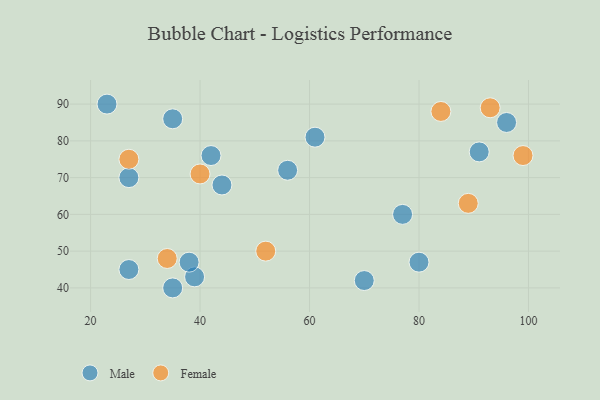
{"axis": {"x": "GDP", "y": "Life Expectancy"}, "legend": ["Female", "Male"], "data": [{"x": "42", "y": 76, "type": "Male"}, {"x": "23", "y": 90, "type": "Male"}, {"x": "27", "y": 70, "type": "Male"}, {"x": "44", "y": 68, "type": "Male"}, {"x": "39", "y": 43, "type": "Male"}, {"x": "80", "y": 47, "type": "Male"}, {"x": "35", "y": 86, "type": "Male"}, {"x": "35", "y": 40, "type": "Male"}, {"x": "96", "y": 85, "type": "Male"}, {"x": "56", "y": 72, "type": "Male"}, {"x": "77", "y": 60, "type": "Male"}, {"x": "27", "y": 45, "type": "Male"}, {"x": "70", "y": 42, "type": "Male"}, {"x": "91", "y": 77, "type": "Male"}, {"x": "38", "y": 47, "type": "Male"}, {"x": "61", "y": 81, "type": "Male"}, {"x": "52", "y": 50, "type": "Female"}, {"x": "93", "y": 89, "type": "Female"}, {"x": "34", "y": 48, "type": "Female"}, {"x": "99", "y": 76, "type": "Female"}, {"x": "89", "y": 63, "type": "Female"}, {"x": "40", "y": 71, "type": "Female"}, {"x": "84", "y": 88, "type": "Female"}, {"x": "27", "y": 75, "type": "Female"}]}